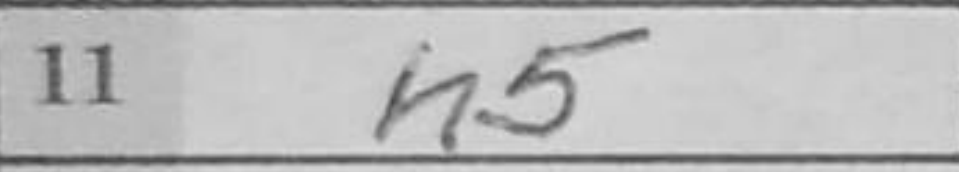
Transcription: h5